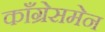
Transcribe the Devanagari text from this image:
काँग्रेसमेन